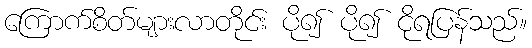
ကြောက်စိတ်များလာတိုင်း ပို၍ ပို၍ ငိုရပြန်သည်။